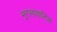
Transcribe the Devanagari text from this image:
भूरसायानिक